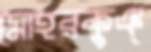
মোহরকুঞ্